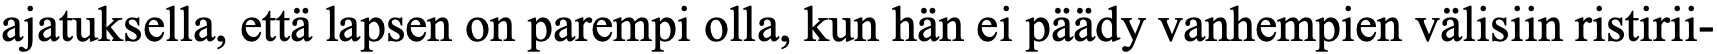
ajatuksella, että lapsen on parempi olla, kun hän ei päädy vanhempien välisiin ristirii-